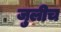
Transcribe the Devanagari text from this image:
जुलीच